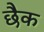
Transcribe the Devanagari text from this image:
छैक